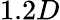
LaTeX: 1.2D